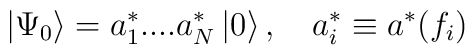
\left| \Psi _{0}\right\rangle =a_{1}^{*}....a_{N}^{*}\left| 0\right\rangle,\quad a_{i}^{*}\equiv a^{*}(f_{i})